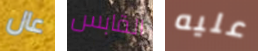
عال القابس عليه